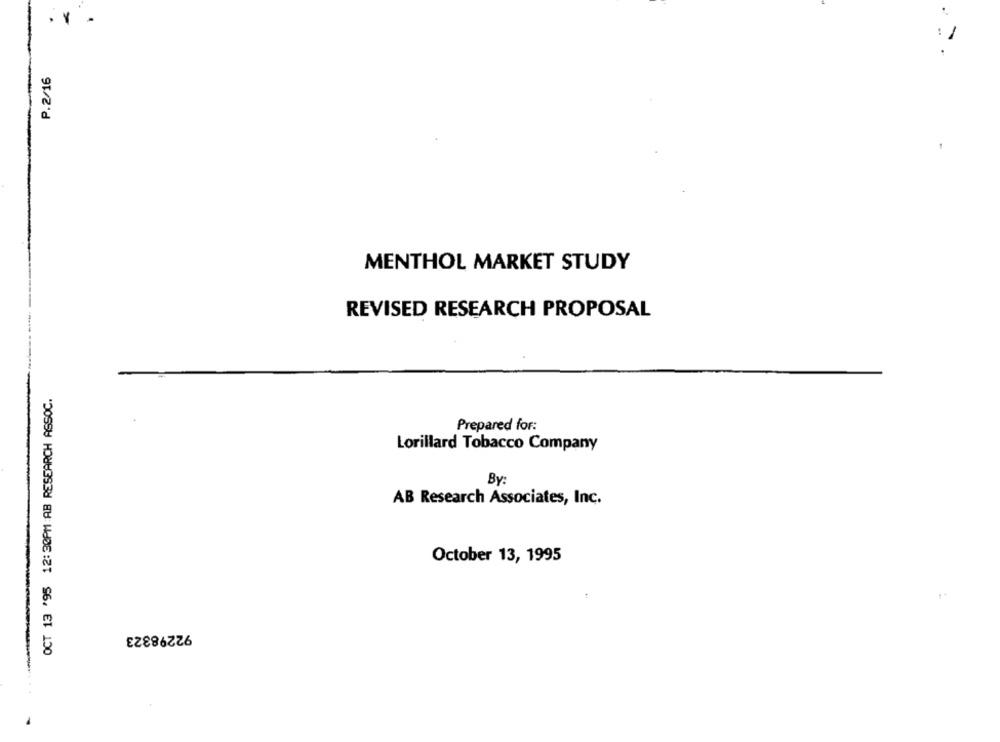
. Y
1
P.2/16
MENTHOL MARKET STUDY
REVISED RESEARCH PROPOSAL
OCT 13 '95 12:30PM AB RESEARCH ASSOC.
Prepared for:
Lorillard Tobacco Company
By:
AB Research Associates, Inc.
October 13, 1995
92298323